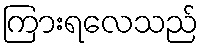
ကြားရလေသည်